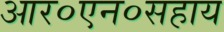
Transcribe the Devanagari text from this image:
आर०एन०सहाय